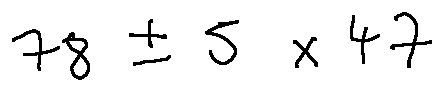
7 8 \pm 5 \times 4 7